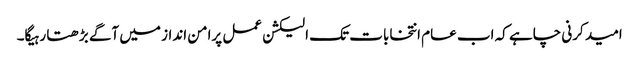
امید کرنی چاہے کہ اب عام انتخابات تک الیکشن عمل پرامن انداز میں آگے بڑھتا رہیگا۔